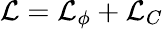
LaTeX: \mathcal{L}=\mathcal{L}_{\phi}+\mathcal{L}_{C}